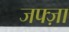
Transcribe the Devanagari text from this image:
जफ्ज़ा